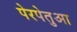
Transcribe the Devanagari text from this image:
पेरपेतुआ